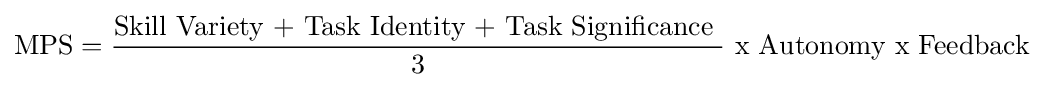
{\text{MPS}}={\frac {\text{Skill Variety + Task Identity + Task Significance }}{\text{3}}}{\text{ x Autonomy x Feedback}}